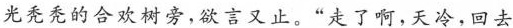
光秃秃的合欢树旁，欲言又止。“走了啊，天冷，回去